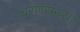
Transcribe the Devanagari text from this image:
चरणसंख्या